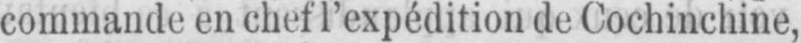
commande en chef l’expédition de Cochinchine,